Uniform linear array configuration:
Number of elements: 16
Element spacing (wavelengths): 0.5
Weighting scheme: blackman
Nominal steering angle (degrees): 45
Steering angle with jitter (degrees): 44.347
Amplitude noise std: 0.05
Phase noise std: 0.05

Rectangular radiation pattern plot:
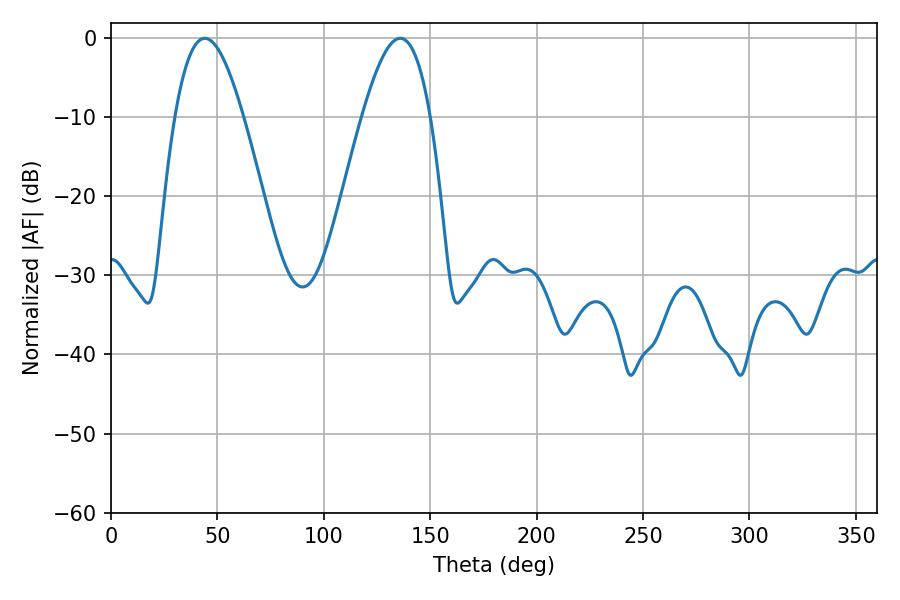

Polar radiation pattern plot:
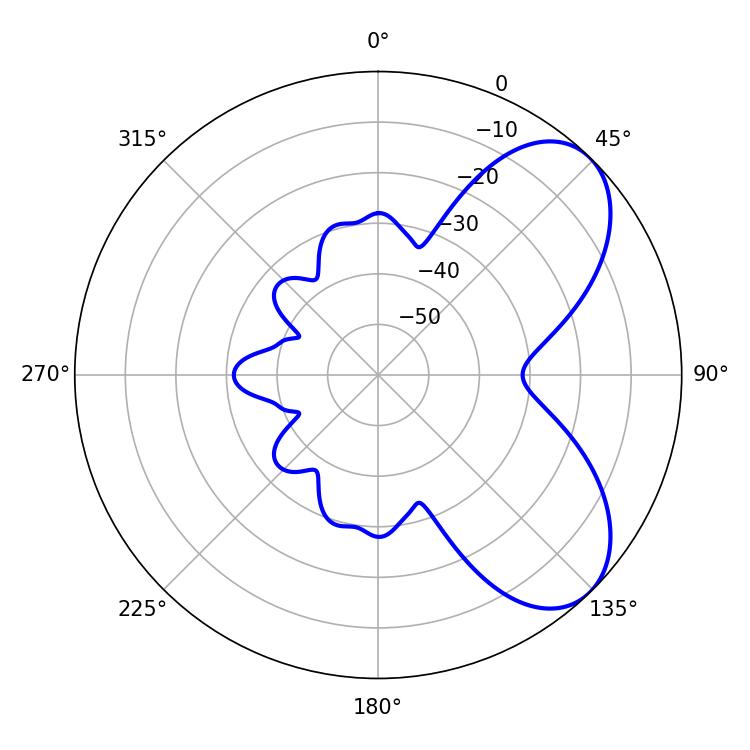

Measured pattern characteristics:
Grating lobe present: FALSE
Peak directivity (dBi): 6.335
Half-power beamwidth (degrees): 17.46
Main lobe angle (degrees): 44.1